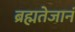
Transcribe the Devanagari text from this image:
ब्रह्मतेजानं